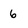
Character: 6